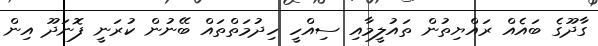
ގާދޫގެ ބައެއް ރައްޔިތުން ތައުލީމާއި ސިއްހީ ހިދުމަތްތައް ބޭނުން ކުރަނީ ފޮނަދޫ އިން